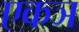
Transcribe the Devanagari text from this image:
एकञ